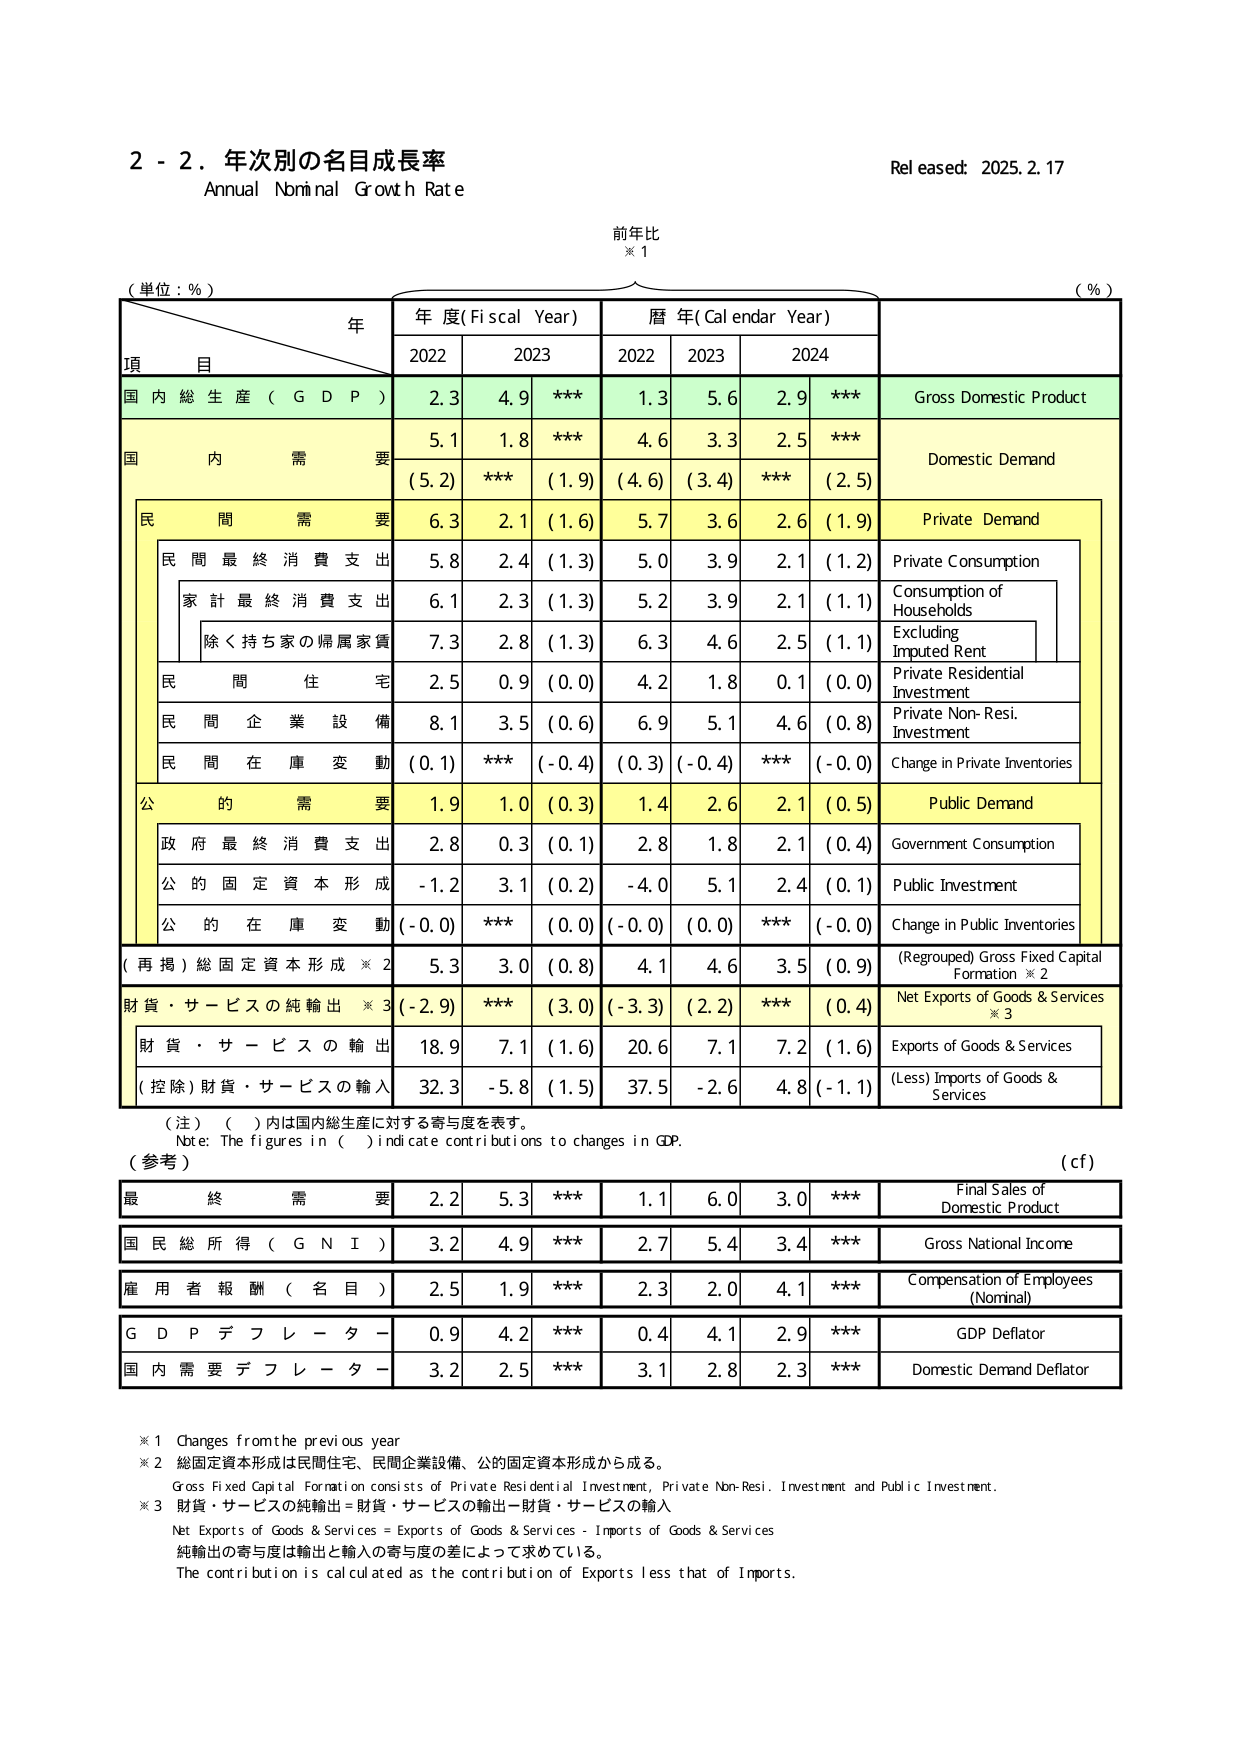
2 - 2. 年次別の名目成長率
Annual Nominal Growth Rate
Released: 2025.2.17

前年比
※1

(単位：％)
年
(％)

項 目
年度(Fiscal Year)
暦年(Calendar Year)

2022
2023
2022
2023
2024

国内総生産（GDP）
2.3
4.9
***
1.3
5.6
2.9
***
Gross Domestic Product

国内需要
5.1
1.8
***
4.6
3.3
2.5
***
Domestic Demand
(5.2)
***
(1.9)
(4.6)
(3.4)
***
(2.5)

民間需要
6.3
2.1
(1.6)
5.7
3.6
2.6
(1.9)
Private Demand

民間最終消費支出
5.8
2.4
(1.3)
5.0
3.9
2.1
(1.2)
Private Consumption

家計最終消費支出
6.1
2.3
(1.3)
5.2
3.9
2.1
(1.1)
Consumption of Households

除く持ち家の帰属家賃
7.3
2.8
(1.3)
6.3
4.6
2.5
(1.1)
Excluding Imputed Rent

民間住宅
2.5
0.9
(0.0)
4.2
1.8
0.1
(0.0)
Private Residential Investment

民間企業設備
8.1
3.5
(0.6)
6.9
5.1
4.6
(0.8)
Private Non-Resi. Investment

民間在庫変動
(0.1)
***
(-0.4)
(0.3)
(-0.4)
***
(-0.0)
Change in Private Inventories

公的需要
1.9
1.0
(0.3)
1.4
2.6
2.1
(0.5)
Public Demand

政府最終消費支出
2.8
0.3
(0.1)
2.8
1.8
2.1
(0.4)
Government Consumption

公的固定資本形成
-1.2
3.1
(0.2)
-4.0
5.1
2.4
(0.1)
Public Investment

公的在庫変動
(-0.0)
***
(0.0)
(-0.0)
(0.0)
***
(-0.0)
Change in Public Inventories

(再掲)総固定資本形成※2
5.3
3.0
(0.8)
4.1
4.6
3.5
(0.9)
(Regrouped) Gross Fixed Capital Formation ※2

財貨・サービスの純輸出※3
(-2.9)
***
(3.0)
(-3.3)
(2.2)
***
(0.4)
Net Exports of Goods & Services ※3

財貨・サービスの輸出
18.9
7.1
(1.6)
20.6
7.1
7.2
(1.6)
Exports of Goods & Services

(控除)財貨・サービスの輸入
32.3
-5.8
(1.5)
37.5
-2.6
4.8
(-1.1)
(Less) Imports of Goods & Services

（注）（ ）内は国内総生産に対する寄与度を表す。
Note: The figures in ( ) indicate contributions to changes in GDP.

（参考）
(cf)

最終需要
2.2
5.3
***
1.1
6.0
3.0
***
Final Sales of Domestic Product

国民総所得（GNI）
3.2
4.9
***
2.7
5.4
3.4
***
Gross National Income

雇用者報酬（名目）
2.5
1.9
***
2.3
2.0
4.1
***
Compensation of Employees (Nominal)

GDPデフレーター
0.9
4.2
***
0.4
4.1
2.9
***
GDP Deflator

国内需要デフレーター
3.2
2.5
***
3.1
2.8
2.3
***
Domestic Demand Deflator

※1 Changes from the previous year
※2 総固定資本形成は民間住宅、民間企業設備、公的固定資本形成から成る。
Gross Fixed Capital Formation consists of Private Residential Investment, Private Non-Resi. Investment and Public Investment.
※3 財貨・サービスの純輸出＝財貨・サービスの輸出－財貨・サービスの輸入
Net Exports of Goods & Services = Exports of Goods & Services - Imports of Goods & Services
純輸出の寄与度は輸出と輸入の寄与度の差によって求めている。
The contribution is calculated as the contribution of Exports less that of Imports.